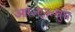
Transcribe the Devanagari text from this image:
आर०एन०चुघ